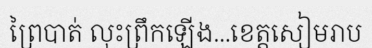
ព្រៃបាត់ លុះព្រឹកឡើង...ខេត្តសៀមរាប